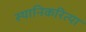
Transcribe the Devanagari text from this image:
स्थानिकरित्या